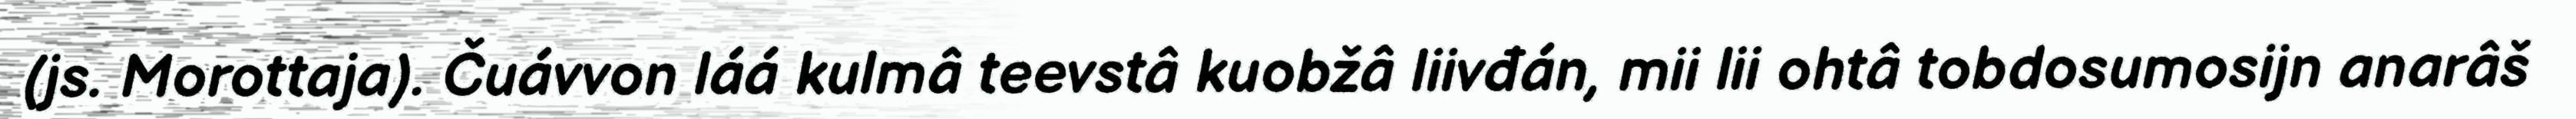
(js. Morottaja). Čuávvon láá kulmâ teevstâ kuobžâ liivđán, mii lii ohtâ tobdosumosijn anarâš